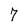
Character: 7